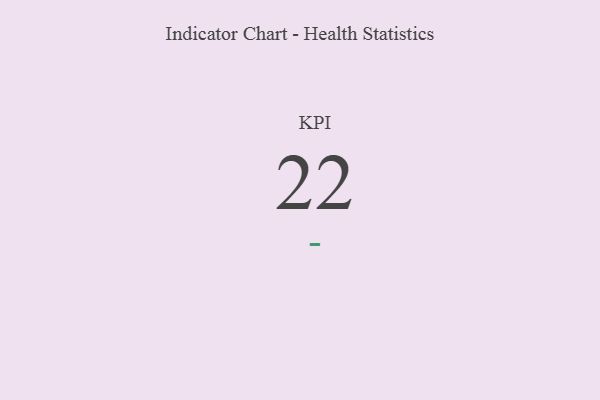
{"axis": {"x": "KPI", "y": "Value"}, "legend": [""], "data": [{"x": "KPI", "y": 22, "type": ""}]}